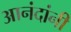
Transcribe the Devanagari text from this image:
आनंदांनी